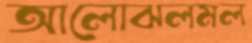
আলোঝলমল